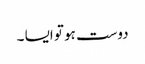
دوست ہو تو ایسا ۔